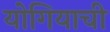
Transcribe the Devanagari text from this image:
योगियाची